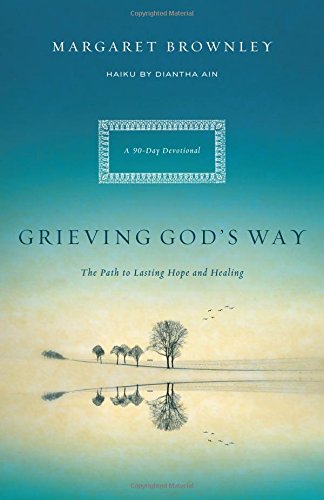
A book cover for Grieving God's Way: The Path to Lasting Hope and Healing; Margaret Brownley; Christian Books & Bibles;